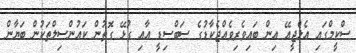
ސްކީމްގައި އެލްޖީއޭ އިން ބައިވެރިވެއްޖެކާޑުގެ ސަބްސިޑީ އާއި ގުޅޭ ގޮތުން ކައުންސިލްތަކުން ބަޔާން